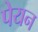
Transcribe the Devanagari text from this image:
पेयन